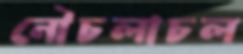
নৌচলাচল